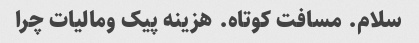
سلام. مسافت کوتاه. هزینه پیک ومالیات چرا